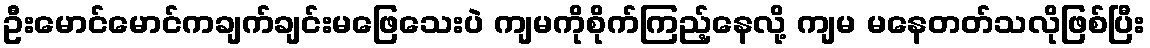
ဦးမောင်မောင်ကချက်ချင်းမဖြေသေးပဲ ကျမကိုစိုက်ကြည့်နေလို့ ကျမ မနေတတ်သလိုဖြစ်ပြီး